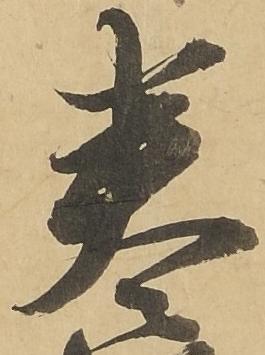
巻